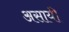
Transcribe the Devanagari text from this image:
असायी